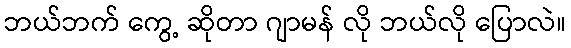
ဘယ်ဘက် ကွေ့ ဆိုတာ ဂျာမန် လို ဘယ်လို ပြောလဲ။